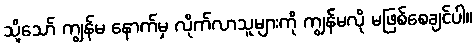
သို့သော် ကျွန်မ နောက်မှ လိုက်လာသူများကို ကျွန်မလို မဖြစ်စေချင်ပါ။